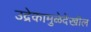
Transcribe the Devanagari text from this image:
उद्रेकामुळेदेखील